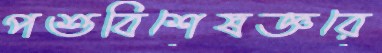
পশুবিশেষজ্ঞরে